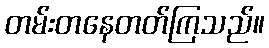
တမ်းတနေတတ်ကြသည်။